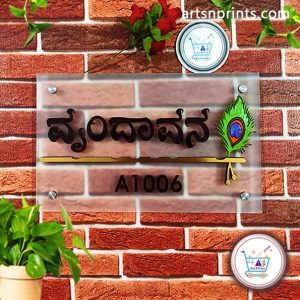
Language: kannada
Transcription: ವೃಂದಾವನ